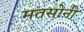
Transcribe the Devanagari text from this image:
मतसोनी